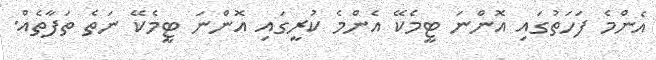
އެންމެ ފަހަތުގައި އޮންނަ ޓީމެކޭ އެންމެ ކުރީގައި އޮންނަ ޓީމެކޭ ނަތެ ތަފާތެއް.